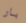
بار